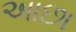
આછા